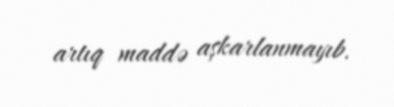
artıq maddə aşkarlanmayıb.